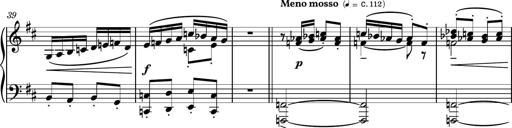
Title: Piano Sonatina No.4
Composer: Dimitri Sykias
Key: D major